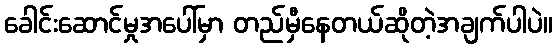
ခေါင်းဆောင်မှုအပေါ်မှာ တည်မှီနေတယ်ဆိုတဲ့အချက်ပါပဲ။